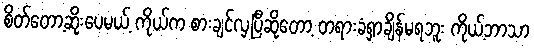
စိတ်တော့ဆိုးပေမယ့် ကိုယ်က စားချင်လှပြီဆိုတော့ တရားခံရှာချိန်မရဘူး ကိုယ့်ဘာသာ